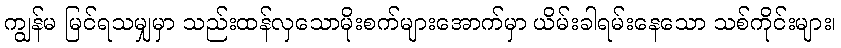
ကျွန်မ မြင်ရသမျှမှာ သည်းထန်လှသောမိုးစက်များအောက်မှာ ယိမ်းခါရမ်းနေသော သစ်ကိုင်းများ၊